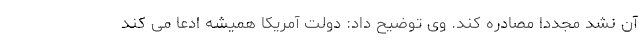
آن نشد مجددا مصادره کند. وی توضیح داد: دولت آمریکا همیشه ادعا می کند